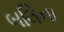
બલિના